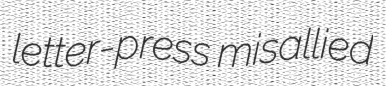
letter-press misallied